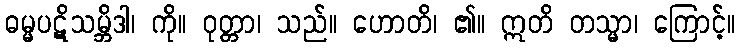
ဓမ္မပဋိသမ္ဘိဒါ၊ ကို။ ဝုတ္တာ၊ သည်။ ဟောတိ၊ ၏။ ဣတိ တသ္မာ၊ ကြောင့်။